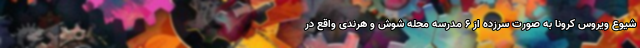
شیوع ویروس کرونا به صورت سرزده از ۶ مدرسه محله شوش و هرندی واقع در